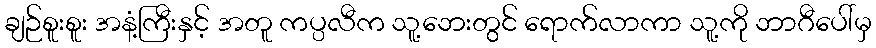
ချဉ်စူးစူး အနံ့ကြီးနှင့် အတူ ကပ္ပလီက သူ့ဘေးတွင် ရောက်လာကာ သူ့ကို ဘာဂီပေါ်မှ